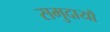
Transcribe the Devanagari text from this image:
समुदायौं